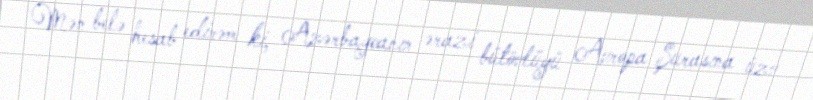
Mən belə hesab edirəm ki, Azərbaycanın ərazi bütövlüyü Avropa Şurasına üzv